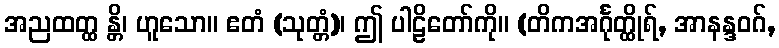
အညထတ္ထ န္တိ၊ ဟူသော။ ဧတံ (သုတ္တံ)၊ ဤ ပါဠိတော်ကို။ (တိကအင်္ဂုတ္ထိုရ်, အာနန္ဒဝဂ်,